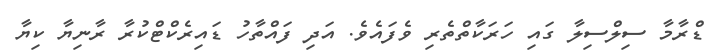
ޑްރާމާ ސިލްސިލާ ގައި ހަރަކާތްތެރި ވެފައެވެ. އަދި ފައްތާހު ޑައިރެކްޓްކުރާ ރާނިޔާ ކިޔާ